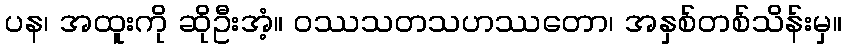
ပန၊ အထူးကို ဆိုဦးအံ့။ ဝဿသတသဟဿတော၊ အနှစ်တစ်သိန်းမှ။